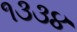
૧૩૩૪